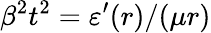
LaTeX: \beta^{2}t^{2}=\varepsilon^{\prime}(r)/(\mu r)